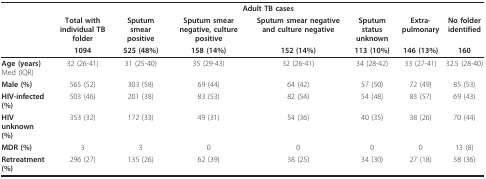
|  | <COLSPAN=7> Adult TB cases |
 |  | Total with individual TB folder | Sputum smear positive | Sputum smear negative, culture positive | Sputum smear negative and culture negative | Sputum status unknown | Extra-pulmonary | No folder identified |
 |  | 1094 | 525 (48%) | 158 (14%) | 152 (14%) | 113 (10%) | 146 (13%) | 160 |
 | --- | --- | --- | --- | --- | --- | --- | --- |
 | Age (years) Med (IQR) | 32 (26-41) | 31 (25-40) | 35 (29-43) | 32 (26-41) | 34 (28-42) | 33 (27-41) | 32.5 (28-40) |
 | Male (%) | 565 (52) | 303 (58) | 69 (44) | 64 (42) | 57 (50) | 72 (49) | 85 (53) |
 | HIV-infected (%) | 503 (46) | 201 (38) | 83 (53) | 82 (54) | 54 (48) | 83 (57) | 69 (43) |
 | HIV unknown (%) | 353 (32) | 172 (33) | 49 (31) | 54 (36) | 40 (35) | 38 (26) | 70 (44) |
 | MDR (%) | 3 | 3 | 0 | 0 | 0 | 0 | 13 (8) |
 | Retreatment (%) | 296 (27) | 135 (26) | 62 (39) | 38 (25) | 34 (30) | 27 (18) | 58 (36) |